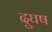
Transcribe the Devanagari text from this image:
दुघष